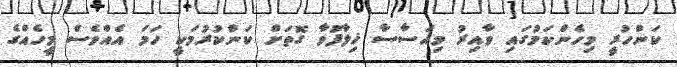
ކަންހުރީ މިހެންކަމުގައި ވާއިރު މިއަސާސާ ޚިލާފުވާ ގޮތަށް ކަންކުރުމަކީ ހަމަ އެއްވެސް މީހެއްގެ